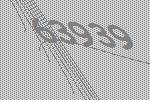
63939